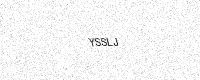
Text: YSSLJ